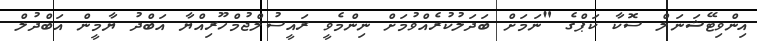
އިންވިޓޭޝަނަލް ސޮކާ ކަޕްގެ "ނަމަށް ބަދަލުކުރެއްވުމަށް ނިންމެވީ ރައީސުލްޖުމްހޫރިއްޔާ އަބްދު ޔާމީން އަބްދުލް